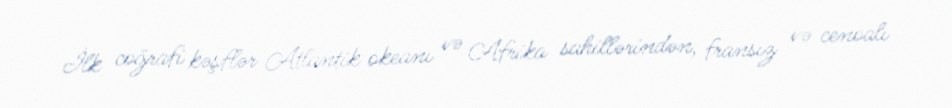
İlk coğrafi kəşflər Atlantik okeanı və Afrika sahillərindən, fransız və cenoalı